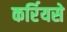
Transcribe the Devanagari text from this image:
कर्रियसे